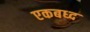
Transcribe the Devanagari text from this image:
एकबध्द